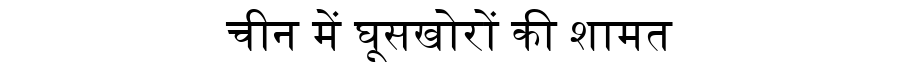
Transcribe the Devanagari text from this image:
चीन में घूसखोरों की शामत